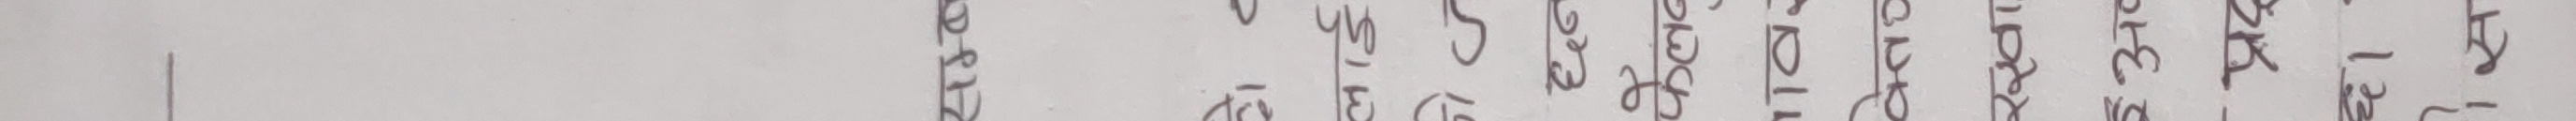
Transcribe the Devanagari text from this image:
सम्बू
लाई
हो ज
छन्
फैलब
व
वेतव
रखा
अ
प्रद
छ।'
स